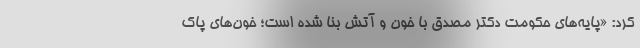
کرد: «پایه‌های حکومت دکتر مصدق با خون و آتش بنا شده است؛ خون‌های پاک